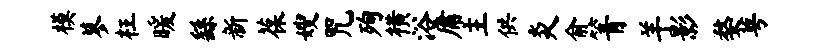
模蓼枉暖繇新葆嫂咒殉横浴庸主供炎俞箐羊影婺萼